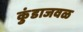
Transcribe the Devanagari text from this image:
कुंडाजवळ